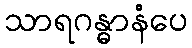
သာရဂန္ဓာနံပေ